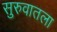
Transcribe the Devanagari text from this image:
सुरुवातला